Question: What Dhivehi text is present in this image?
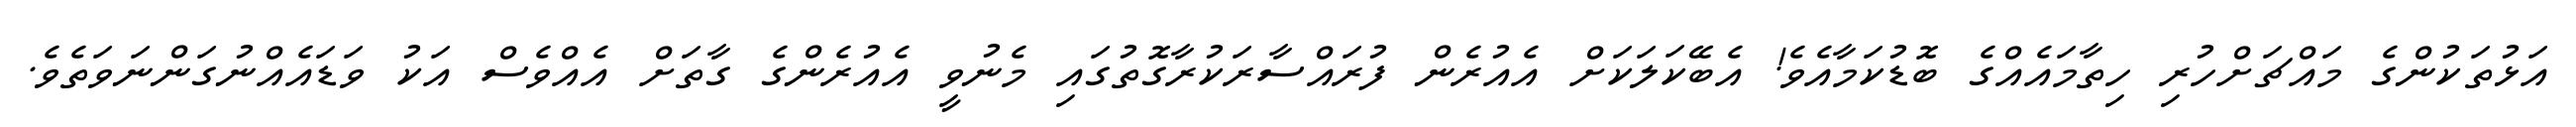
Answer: އަޅުތަކުންގެ މައްޗަށްހުރި ހިތާމައެއްގެ ބޮޑުކަމާއެވެ! އެބޭކަލަކަށް އެއުރެން ފުރައްސާރަކުރާގޮތުގައި މެނުވީ އެއުރެންގެ ގާތަށް އެއްވެސް އަކު ވަޑައެއްނުގަންނަވަތެވެ.